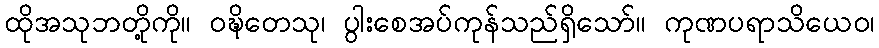
ထိုအသုဘတို့ကို။ ဝဍ္ဎိတေသု၊ ပွါးစေအပ်ကုန်သည်ရှိသော်။ ကုဏပရာသိယေဝ၊